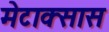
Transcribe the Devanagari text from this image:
मेटाक्सास